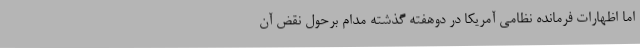
اما اظهارات فرمانده نظامی آمریکا در دوهفته گذشته مدام برحول نقض آن